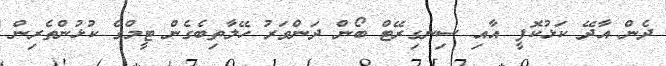
ދެން އާދޭ ކަޅުކޮފީ އާއި ސިނގިރޭޓް ބޯން ދަންވަރު ހޭލާތިބެގެން ޓީމްގެ ކުޅުންތެރިން